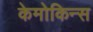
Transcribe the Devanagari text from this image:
केमोकिन्स